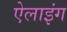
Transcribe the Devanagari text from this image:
ऐलाइंग